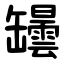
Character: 罎